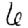
Digit: 6